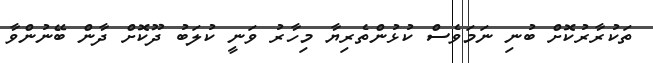
ތަކުރާރުކޮށް ބުނި ނަމަވެސް ކުޅުންތެރިޔާ މިހާރު ވަނީ ކުލަބު ދޫކޮށް ދާން ބޭނުންވާ